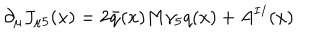
\partial _ { \mu } J _ { \mu 5 } ( x ) = 2 \bar { q } ( x ) M \gamma _ { 5 } q ( x ) + A ^ { I I } ( x )